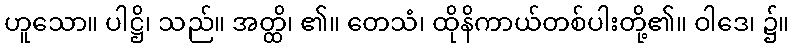
ဟူသော။ ပါဋ္ဌိ၊ သည်။ အတ္ထိ၊ ၏။ တေသံ၊ ထိုနိကာယ်တစ်ပါးတို့၏။ ဝါဒေ၊ ၌။